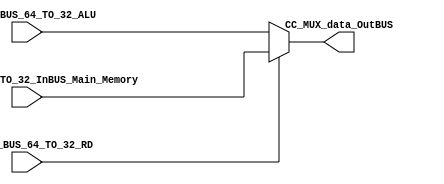
module CC_MUXX_BUS_64_TO_32(
	//////////// OUTPUTS //////////TH_B
	CC_MUX_data_OutBUS,
	//////////// INPUTS //////////
	CC_MUX_BUS_64_TO_32_InBUS_Main_Memory,
	CC_MUX_BUS_64_TO_32_ALU,
	CC_MUX_BUS_64_TO_32_RD
);
//=======================================================
//  PARAMETER declarations
//=======================================================
parameter DATAWIDTH_BUS = 32;
//=======================================================
//  PORT declarations
//=======================================================
output reg	[DATAWIDTH_BUS-1:0] CC_MUX_data_OutBUS;
input			[DATAWIDTH_BUS-1:0] CC_MUX_BUS_64_TO_32_InBUS_Main_Memory;
input			[DATAWIDTH_BUS-1:0] CC_MUX_BUS_64_TO_32_ALU;
input		   CC_MUX_BUS_64_TO_32_RD;

//=======================================================
//  REG/WIRE declarations
//=======================================================

//=======================================================
//  Structural coding
//=======================================================
//INPUT LOGIC: COMBINATIONAL
always@(*)
begin
   if(CC_MUX_BUS_64_TO_32_RD==1'b0)
	
		CC_MUX_data_OutBUS = CC_MUX_BUS_64_TO_32_ALU;
		
	else
		
		CC_MUX_data_OutBUS = CC_MUX_BUS_64_TO_32_InBUS_Main_Memory;
	
end
//=======================================================
//  Outputs
//=======================================================
// OUTPUT LOGIC : COMBINATIONAL

endmodule